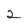
Character: 2